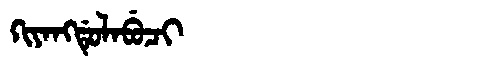
Manchu: ᡴᡳᠶᠠᠩᡩᡠᠯᠠᠪᡠᠴᡳ
Romanization: KIYANGDULABUCI